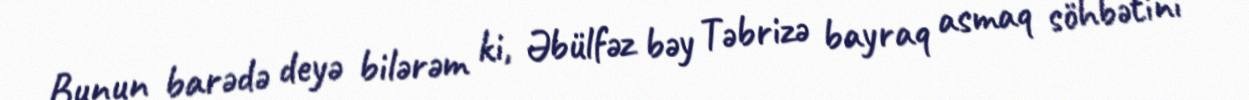
Bunun barədə deyə bilərəm ki, Əbülfəz bəy Təbrizə bayraq asmaq söhbətini